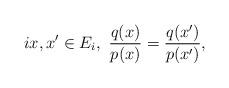
LaTeX: \begin{align*} i x,x' \in E_i,~\frac{q(x)}{p(x)}=\frac{q(x')}{p(x')},\end{align*}